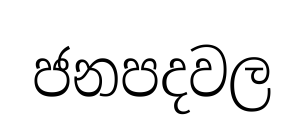
ජනපදවල